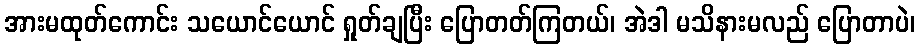
အားမထုတ်ကောင်း သယောင်ယောင် ရှုတ်ချပြီး ပြောတတ်ကြတယ်၊ အဲဒါ မသိနားမလည် ပြောတာပဲ၊